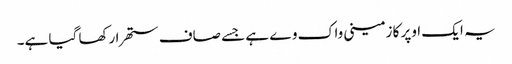
یہ ایک اوپر کا زمینی واک وے ہے جسے صاف ستھرا رکھا گیا ہے۔